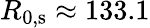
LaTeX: R_{\mathrm{0,s}}\approx 133.1